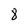
Character: 8